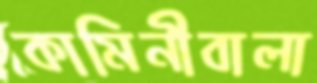
কামিনীবালা